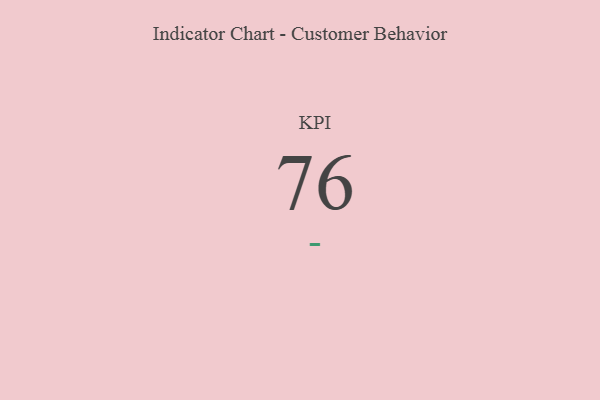
{"axis": {"x": "KPI", "y": "Value"}, "legend": [""], "data": [{"x": "KPI", "y": 76, "type": ""}]}